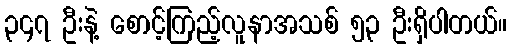
၃၄၇ ဦးနဲ့ စောင့်ကြည့်လူနာအသစ် ၅၃ ဦးရှိပါတယ်။